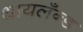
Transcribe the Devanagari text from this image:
थायलँन्ड